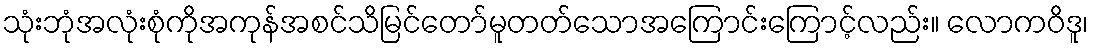
သုံးဘုံအလုံးစုံကိုအကုန်အစင်သိမြင်တော်မူတတ်သောအကြောင်းကြောင့်လည်း။ လောကဝိဒူ၊